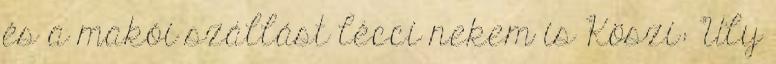
és a makói szállást lécci nekem is Köszi: Uly